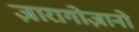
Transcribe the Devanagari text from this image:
ज़ारागोज़ानो